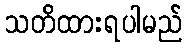
သတိထားရပါမည်